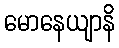
မောနေယျာနိ